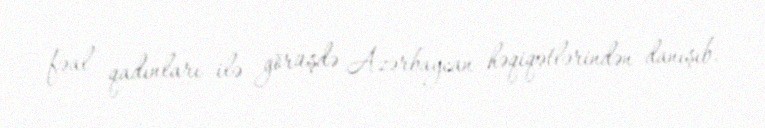
fəal qadınları ilə görüşdə Azərbaycan həqiqətlərindən danışıb.